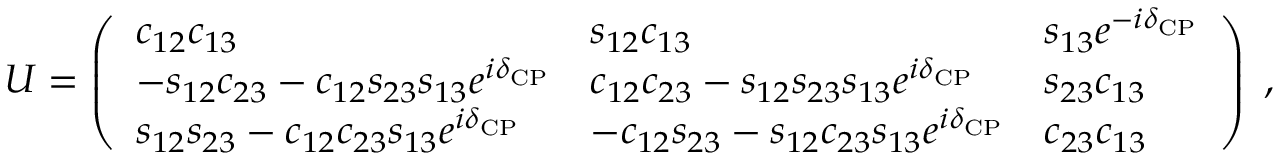
U = \left( \begin{array} { l l l } { c _ { 1 2 } c _ { 1 3 } } & { s _ { 1 2 } c _ { 1 3 } } & { s _ { 1 3 } e ^ { - i \delta _ { \mathrm { C P } } } } \\ { - s _ { 1 2 } c _ { 2 3 } - c _ { 1 2 } s _ { 2 3 } s _ { 1 3 } e ^ { i \delta _ { \mathrm { C P } } } } & { c _ { 1 2 } c _ { 2 3 } - s _ { 1 2 } s _ { 2 3 } s _ { 1 3 } e ^ { i \delta _ { \mathrm { C P } } } } & { s _ { 2 3 } c _ { 1 3 } } \\ { s _ { 1 2 } s _ { 2 3 } - c _ { 1 2 } c _ { 2 3 } s _ { 1 3 } e ^ { i \delta _ { \mathrm { C P } } } } & { - c _ { 1 2 } s _ { 2 3 } - s _ { 1 2 } c _ { 2 3 } s _ { 1 3 } e ^ { i \delta _ { \mathrm { C P } } } } & { c _ { 2 3 } c _ { 1 3 } } \end{array} \right) \; ,